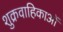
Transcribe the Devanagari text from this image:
शुक्रवाहिकाओं